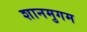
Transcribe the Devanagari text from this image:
शानमुगम